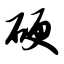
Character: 硬